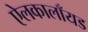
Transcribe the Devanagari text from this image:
ऐलकालाँयड